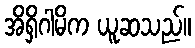
အိရှိဂါမိက ယူဆသည်။